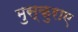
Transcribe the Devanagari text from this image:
मुस्कुराए